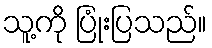
သူ့ကို ပြုံးပြသည်။